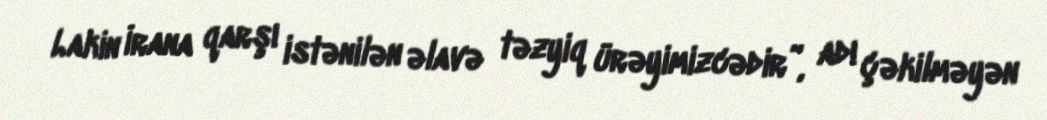
Lakin İrana qarşı istənilən əlavə təzyiq ürəyimizcədir”, adı çəkilməyən